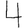
Digit: 4